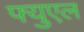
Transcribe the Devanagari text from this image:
फ्युएल